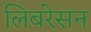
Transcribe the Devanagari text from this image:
लिबरेसन